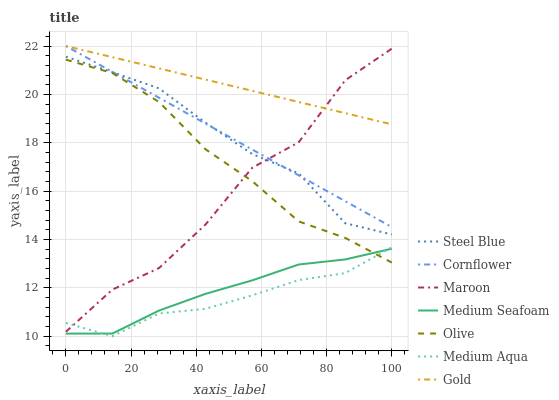
| xaxis_label | Steel Blue | Cornflower | Maroon | Medium Seafoam | Olive | Medium Aqua | Gold |
 | --- | --- | --- | --- | --- | --- | --- | --- |
 | 0 | 21.6 | 22 | 10.2 | 10.1 | 21.4 | 10.5 | 22 |
 | 14.3 | 20.9 | 20.9 | 11.9 | 10.1 | 20.9 | 10 | 21.5 |
 | 28.6 | 20.2 | 19.9 | 12.8 | 11.1 | 19.7 | 10.9 | 21.1 |
 | 42.9 | 18.8 | 18.8 | 14.6 | 11.8 | 17.7 | 11.1 | 20.6 |
 | 57.1 | 17.5 | 17.7 | 17 | 12.3 | 16.4 | 11.7 | 20.1 |
 | 71.4 | 16.7 | 16.7 | 18 | 13 | 14.7 | 12.3 | 19.7 |
 | 85.7 | 14.7 | 15.6 | 20.6 | 13.2 | 14.1 | 12.6 | 19.2 |
 | 100 | 14.2 | 14.5 | 21.9 | 13.6 | 13 | 13.7 | 18.8 |